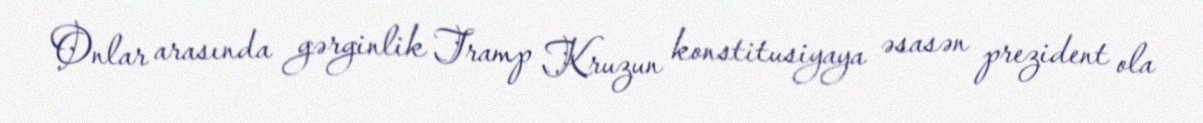
Onlar arasında gərginlik Tramp Kruzun konstitusiyaya əsasən prezident ola